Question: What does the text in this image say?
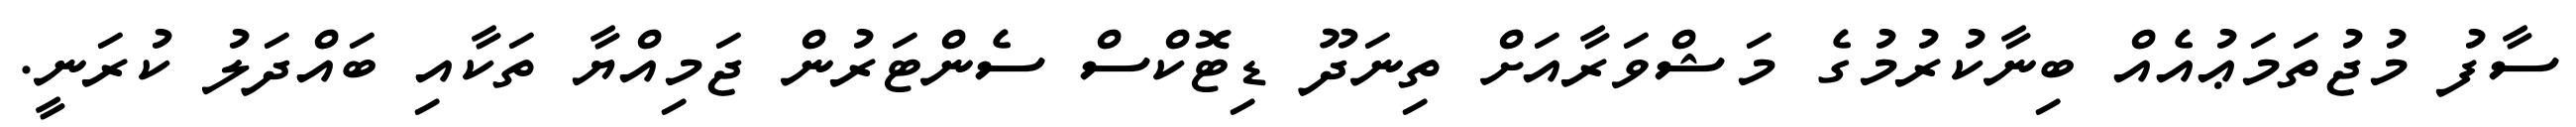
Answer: ސާފު މުޖުތަމަޢުއެއް ބިނާކުރުމުގެ މަޝްވަރާއަށް ތިނަދޫ ޑިޓޮކްސް ސެންޓަރުން ޖަމިއްޔާ ތަކާއި ބައްދަލު ކުރަނީ.